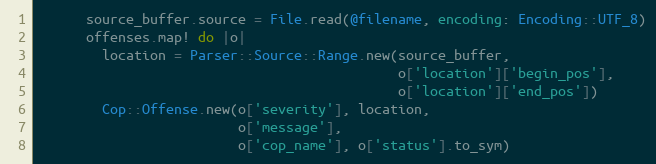
Language: Ruby
      source_buffer.source = File.read(@filename, encoding: Encoding::UTF_8)
      offenses.map! do |o|
        location = Parser::Source::Range.new(source_buffer,
                                             o['location']['begin_pos'],
                                             o['location']['end_pos'])
        Cop::Offense.new(o['severity'], location,
                         o['message'],
                         o['cop_name'], o['status'].to_sym)